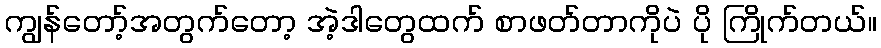
ကျွန်တော့်အတွက်တော့ အဲ့ဒါတွေထက် စာဖတ်တာကိုပဲ ပို ကြိုက်တယ်။